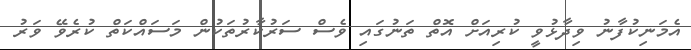
އެމަނިކުފާނު ވިދާޅުވީ ކުރިއަށް އޮތް ތަނުގައި ވެސް ސަރުކާރުތަކުން މަސައްކަތް ކުރެވޭ ވަރު